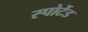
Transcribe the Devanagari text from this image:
स्पोर्टेड